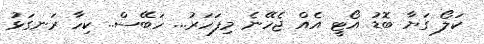
ކަލޯ ގަޔާ ބޮޑު އޯޓީ އެެެއް ޖެހޭނެ މިފަހަރު... ހަބޭސް.. ކިހާ ރަނގަޅު